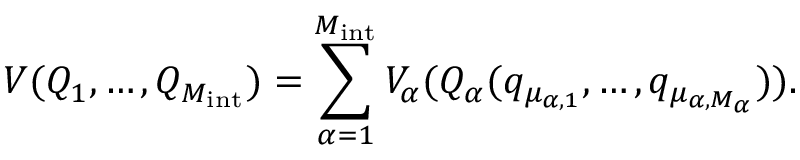
V ( Q _ { 1 } , \dots , Q _ { M _ { \mathrm { i n t } } } ) = \sum _ { \alpha = 1 } ^ { M _ { \mathrm { i n t } } } V _ { \alpha } ( Q _ { \alpha } ( q _ { \mu _ { \alpha , 1 } } , \dots , q _ { \mu _ { \alpha , M _ { \alpha } } } ) ) .